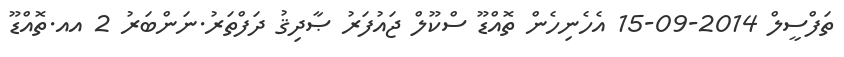
ތަފްސީލް 2014-09-15 އެހެނިހެން ތޮއްޑޫ ސްކޫލް ޖައުފަރު ޞާދިޤު ދަފްތަރު.ނަންބަރު 2 އއ.ތޮއްޑޫ